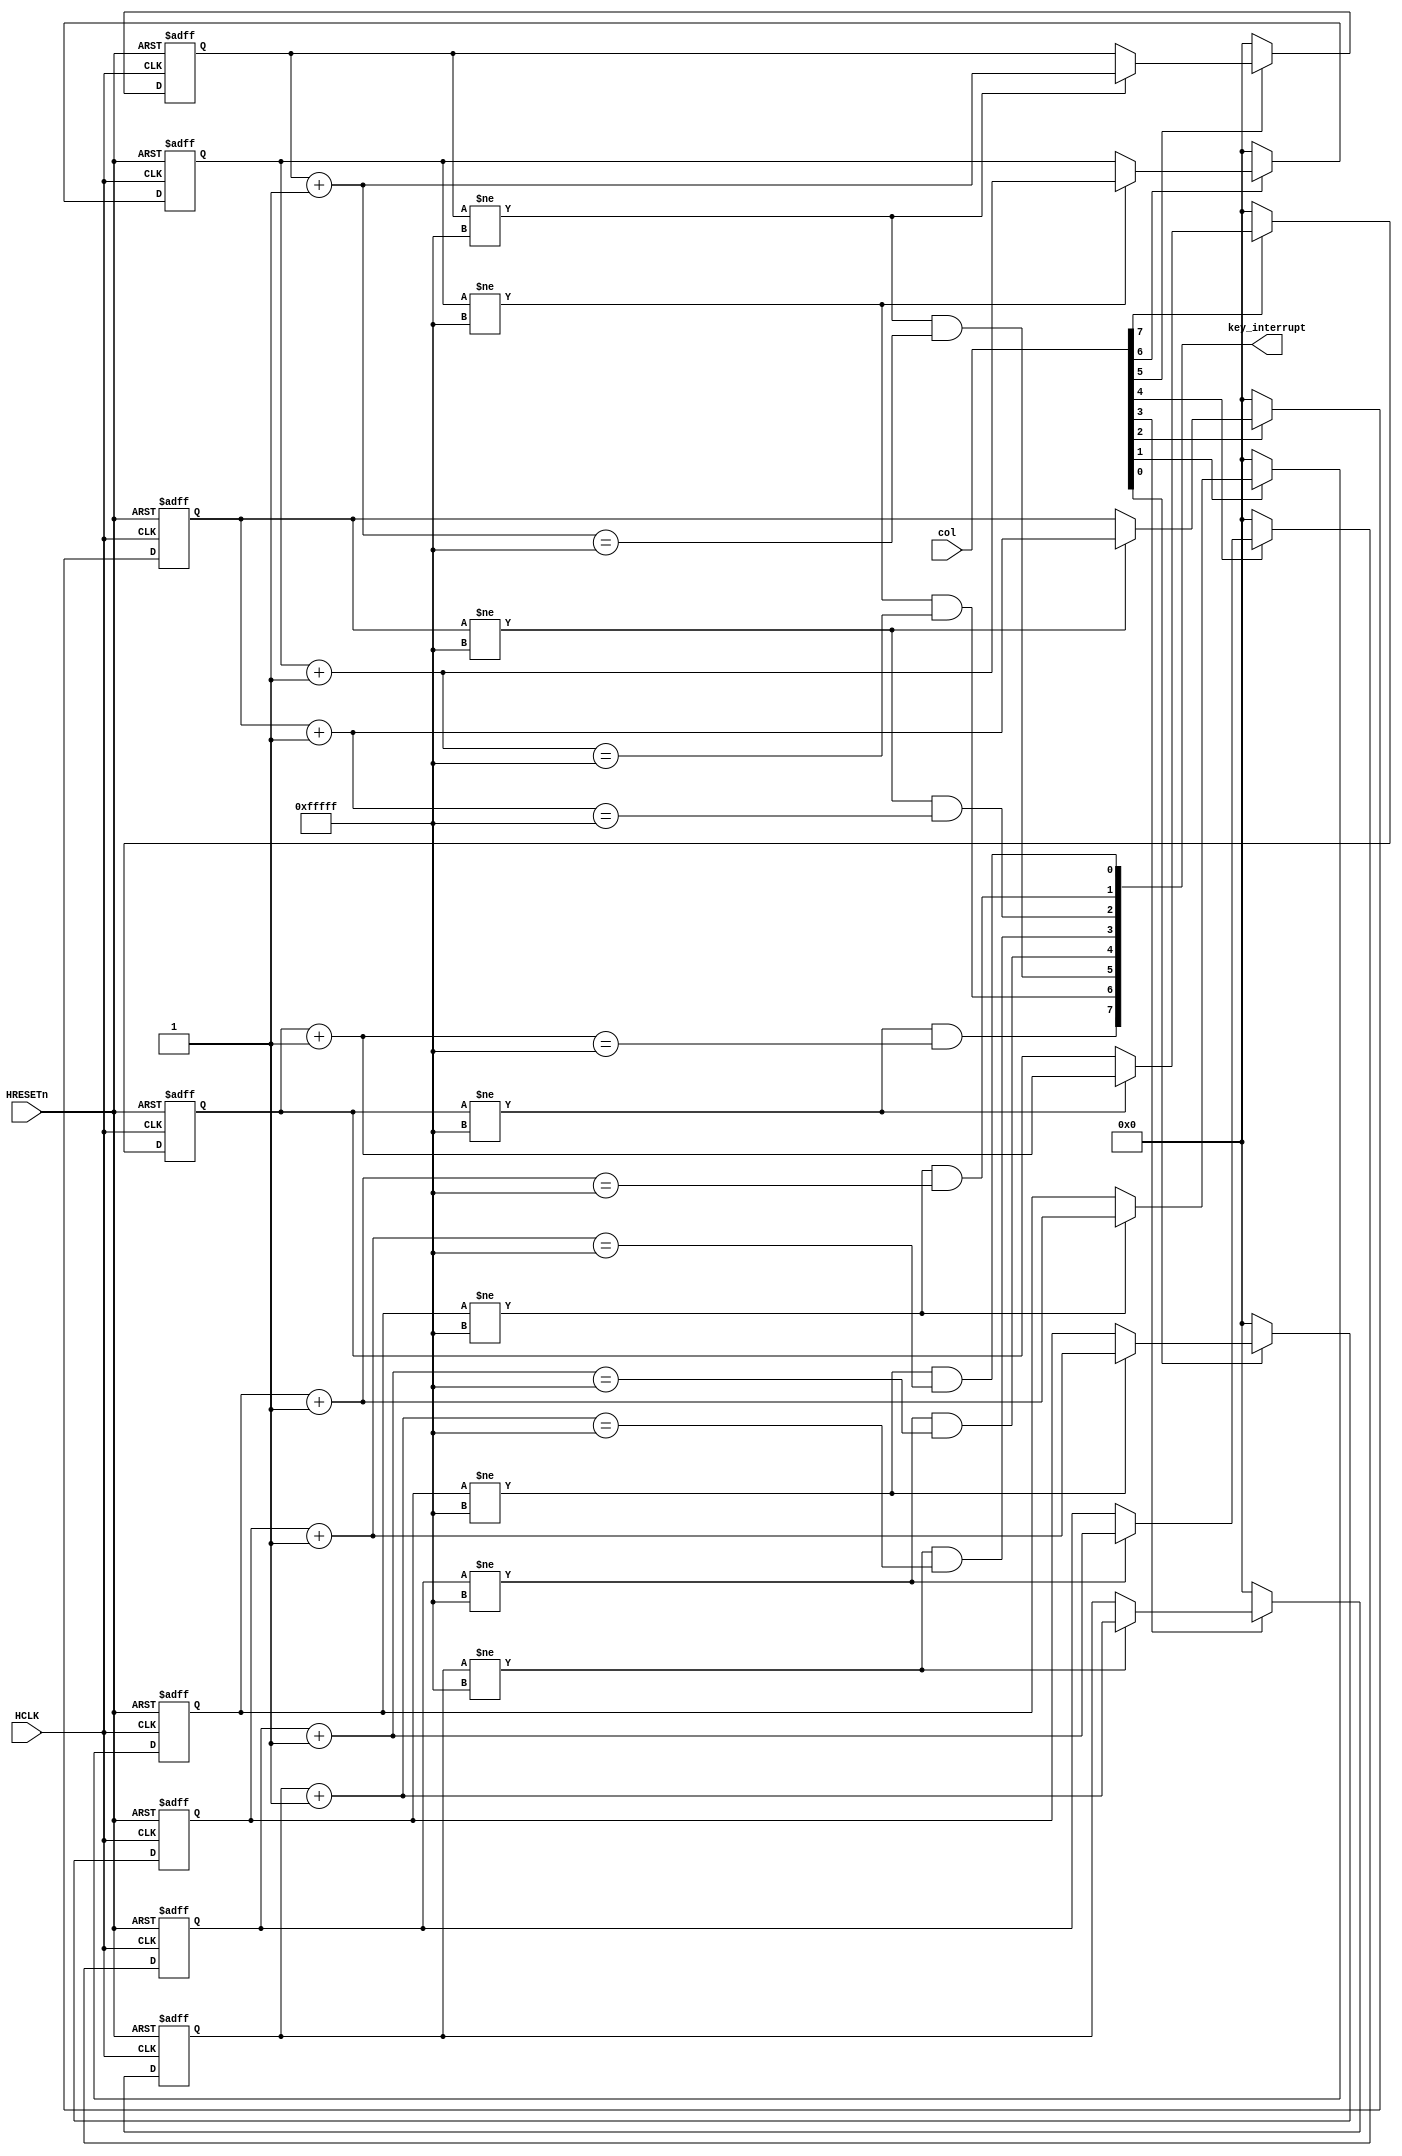
module Keyboard(
    input   wire   		 HCLK,
    input   wire  		 HRESETn,
    input   wire [7:0]   col,
    output  wire [7:0] 	 key_interrupt
);

reg [19:0]  sreg0;
wire[19:0]  sreg0_nxt;

reg [19:0]  sreg1;
wire[19:0]  sreg1_nxt;

reg [19:0]  sreg2;
wire[19:0]  sreg2_nxt;

reg [19:0]  sreg3;
wire[19:0]  sreg3_nxt;

reg [19:0]  sreg4;
wire[19:0]  sreg4_nxt;

reg [19:0]  sreg5;
wire[19:0]  sreg5_nxt;

reg [19:0]  sreg6;
wire[19:0]  sreg6_nxt;

reg [19:0]  sreg7;
wire[19:0]  sreg7_nxt;

assign  sreg0_nxt   =   sreg0 + 1'b1;
assign  sreg1_nxt   =   sreg1 + 1'b1;
assign  sreg2_nxt   =   sreg2 + 1'b1;
assign  sreg3_nxt   =   sreg3 + 1'b1;
assign  sreg4_nxt   =   sreg4 + 1'b1;
assign  sreg5_nxt   =   sreg5 + 1'b1;
assign  sreg6_nxt   =   sreg6 + 1'b1;
assign  sreg7_nxt   =   sreg7 + 1'b1;

always@(posedge HCLK or negedge HRESETn) begin
    if(~HRESETn) begin
        sreg0   <=  20'b0;
    end else if(col[0]) begin
        if(sreg0 != 20'hfffff)
           sreg0   <=  sreg0_nxt;
    end else 
        sreg0   <=  20'b0;
end

always@(posedge HCLK or negedge HRESETn) begin
    if(~HRESETn) begin
        sreg1   <=  20'b0;
    end else if(col[1]) begin
        if(sreg1 != 20'hfffff)
           sreg1   <=  sreg1_nxt;
    end else 
        sreg1   <=  20'b0;
end

always@(posedge HCLK or negedge HRESETn) begin
    if(~HRESETn) begin
        sreg2   <=  20'b0;
    end else if(col[2]) begin
        if(sreg2 != 20'hfffff)
           sreg2   <=  sreg2_nxt;
    end else 
        sreg2   <=  20'b0;
end

always@(posedge HCLK or negedge HRESETn) begin
    if(~HRESETn) begin
        sreg3   <=  20'b0;
    end else if(col[3]) begin
        if(sreg3 != 20'hfffff)
           sreg3   <=  sreg3_nxt;
    end else 
        sreg3   <=  20'b0;
end

always@(posedge HCLK or negedge HRESETn) begin
    if(~HRESETn) begin
        sreg4   <=  20'b0;
    end else if(col[4]) begin
        if(sreg4 != 20'hfffff)
           sreg4   <=  sreg4_nxt;
    end else 
        sreg4   <=  20'b0;
end

always@(posedge HCLK or negedge HRESETn) begin
    if(~HRESETn) begin
        sreg5   <=  20'b0;
    end else if(col[5]) begin
        if(sreg5 != 20'hfffff)
           sreg5   <=  sreg5_nxt;
    end else 
        sreg5   <=  20'b0;
end

always@(posedge HCLK or negedge HRESETn) begin
    if(~HRESETn) begin
        sreg6   <=  20'b0;
    end else if(col[6]) begin
        if(sreg6 != 20'hfffff)
           sreg6   <=  sreg6_nxt;
    end else 
        sreg6   <=  20'b0;
end

always@(posedge HCLK or negedge HRESETn) begin
    if(~HRESETn) begin
        sreg7   <=  20'b0;
    end else if(col[7]) begin
        if(sreg7 != 20'hfffff)
           sreg7   <=  sreg7_nxt;
    end else 
        sreg7   <=  20'b0;
end


assign key_interrupt[0] =   (sreg0 != 20'hfffff) & (sreg0_nxt == 20'hfffff);

assign key_interrupt[1] =   (sreg1 != 20'hfffff) & (sreg1_nxt == 20'hfffff);

assign key_interrupt[2] =   (sreg2 != 20'hfffff) & (sreg2_nxt == 20'hfffff);

assign key_interrupt[3] =   (sreg3 != 20'hfffff) & (sreg3_nxt == 20'hfffff);

assign key_interrupt[4] =   (sreg4 != 20'hfffff) & (sreg4_nxt == 20'hfffff);

assign key_interrupt[5] =   (sreg5 != 20'hfffff) & (sreg5_nxt == 20'hfffff);

assign key_interrupt[6] =   (sreg6 != 20'hfffff) & (sreg6_nxt == 20'hfffff);

assign key_interrupt[7] =   (sreg7 != 20'hfffff) & (sreg7_nxt == 20'hfffff);

endmodule